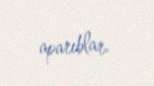
aparıblar.